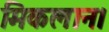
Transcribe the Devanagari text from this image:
मिकलान।